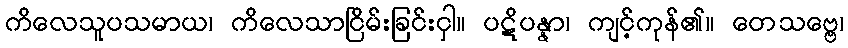
ကိလေသူပသမာယ၊ ကိလေသာငြိမ်းခြင်းငှါ။ ပဋိပန္နာ၊ ကျင့်ကုန်၏။ တေသဗ္ဗေ၊